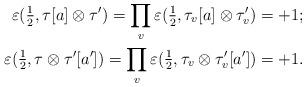
LaTeX: \begin{align*} \varepsilon(\tfrac{1}{2},\tau[a]\otimes \tau') = \prod_v\varepsilon(\tfrac{1}{2},\tau_v[a]\otimes \tau'_v) = + 1; \\ \varepsilon(\tfrac{1}{2},\tau\otimes \tau'[a']) = \prod_v\varepsilon(\tfrac{1}{2},\tau_v\otimes \tau'_v[a']) = + 1.\end{align*}